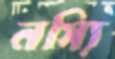
নস্যি